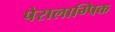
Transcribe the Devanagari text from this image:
पेरालाम्पिक